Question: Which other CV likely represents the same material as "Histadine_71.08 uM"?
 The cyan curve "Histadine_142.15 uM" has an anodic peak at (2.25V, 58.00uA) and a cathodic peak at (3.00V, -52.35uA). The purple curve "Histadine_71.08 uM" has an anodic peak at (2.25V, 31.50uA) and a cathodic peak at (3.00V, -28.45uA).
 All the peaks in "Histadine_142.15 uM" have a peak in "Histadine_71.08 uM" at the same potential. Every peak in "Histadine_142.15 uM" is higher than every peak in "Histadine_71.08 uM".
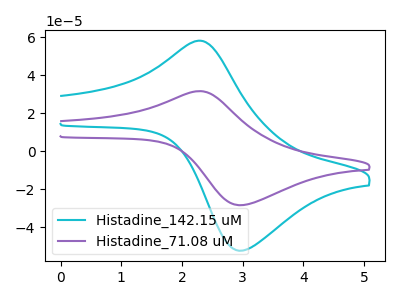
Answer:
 <answer>The CV with the most similar shape to "Histadine_142.15 uM" is "Histadine_71.08 uM".</answer>
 <eval>"Histadine_71.08 uM"</eval>